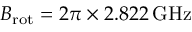
B _ { \mathrm { r o t } } = 2 \pi \times 2 . 8 2 2 \, \mathrm { G H z }